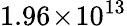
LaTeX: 1.96\! \times\! 10^{13}